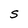
Character: S